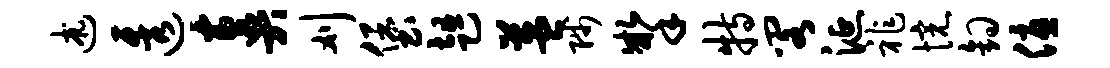
述透奏刈堡趄益陟掣特阁涎祚惋钩优